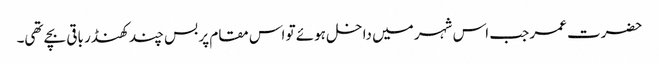
حضرت عمر جب اس شہر میں داخل ہوئے تو اس مقام پر بس چند کھنڈر باقی بچے تھی۔